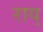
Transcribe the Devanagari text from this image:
राय्